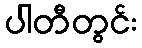
ပါတီတွင်း